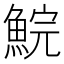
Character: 鯇